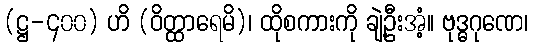
(ဋ္ဌ-၄၀၀) ဟိ (ဝိတ္ထာရေမိ)၊ ထိုစကားကို ချဲ့ဦးအံ့။ ဗုဒ္ဓဂုဏေ၊